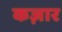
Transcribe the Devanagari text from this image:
कज़ार